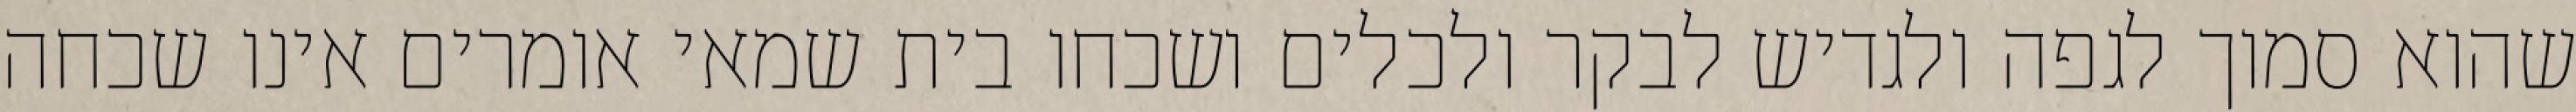
שהוא סמוך לגפה ולגדיש לבקר ולכלים ושכחו בית שמאי אומרים אינו שכחה